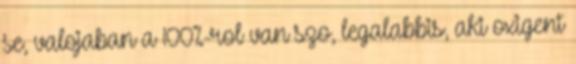
se, valojaban a 100%-rol van szo, legalabbis, aki oxigent